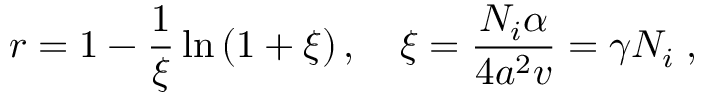
r = 1 - \frac { 1 } { \xi } \ln \left( 1 + \xi \right) , \quad \xi = \frac { N _ { i } \alpha } { 4 a ^ { 2 } v } = \gamma N _ { i } \; ,